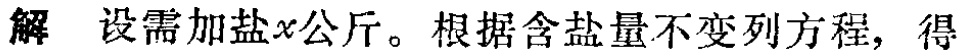
解 设需加盐\(x\)公斤。根据含盐量不变列方程，得